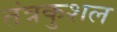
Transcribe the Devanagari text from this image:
तंत्रकुशल